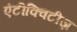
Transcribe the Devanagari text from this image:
एंटीक्विटीज़